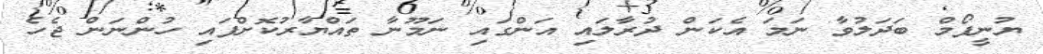
ޔުނީފޯމް ބަދަލުވާ ނަމަ އެކަން ދުރާލައި އަންގައި ނަމޫނާ ތައްޔާރުކޮށްފައި ހުންނަން ޖެހެ